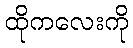
ထိုကလေးကို